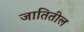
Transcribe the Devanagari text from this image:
जातितील